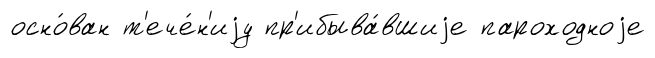
осно́ван т'ече́н'иjу пр'ибыва́вшиjе пароходноjе